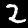
Label: 2